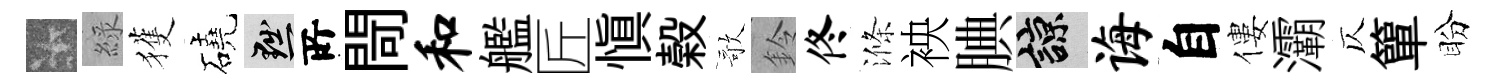
卡綠獲磽黜𠩄閜和艦匠愼榖歌鈴佟滌䘧腆諒诲自僂灞仄簞盼